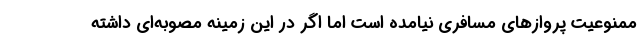
ممنوعیت پروازهای مسافری نیامده است اما اگر در این زمینه مصوبه‌ای داشته